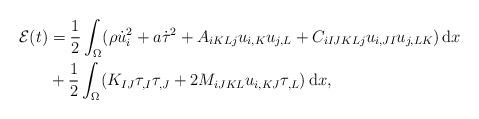
LaTeX: \begin{align*}\mathcal{E}(t) &= \frac{1}{2} \int_{\Omega} (\rho \dot{u}_{i}^2 + a\dot{\tau}^2 + A_{iKLj} u_{i,K} u_{j,L} + C_{iIJKLj} u_{i,JI}u_{j,LK}) \, \mathrm{d}x\\ &+ \frac12 \int_{\Omega}(K_{IJ} \tau_{,I} \tau_{,J} + 2 M_{iJKL} u_{i,KJ} \tau_{,L}) \, \mathrm{d}x,\end{align*}